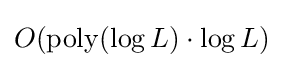
O(\operatorname {poly} (\log L)\cdot \log L)